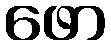
ဖော